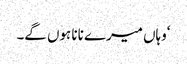
‘وہاں میرے نانا ہوں گے۔